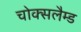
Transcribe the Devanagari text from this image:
चोक्सलैम्ड